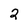
Character: 2